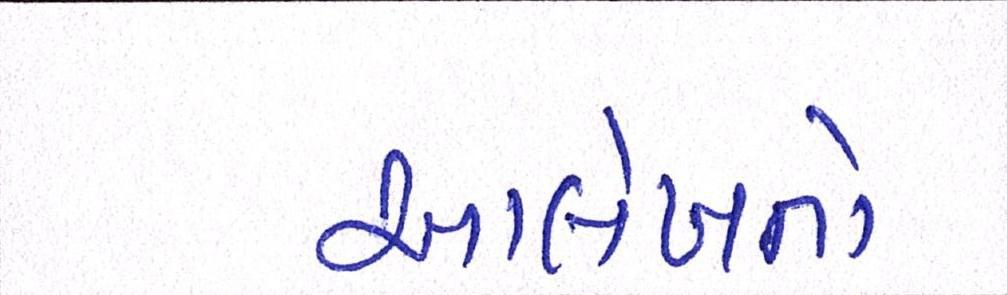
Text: આલેખનો